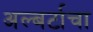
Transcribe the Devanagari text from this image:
अल्बर्टाचा